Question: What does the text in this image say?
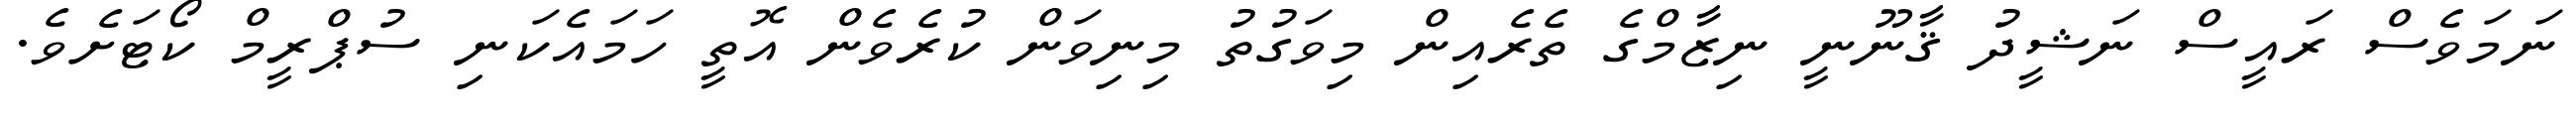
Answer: ނަމަވެސް ރައީސް ނަޝީދު ޤާނޫނީ ނިޒާމްގެ ތެރެއިން މިވަގުތު މިނިވަން ކުރެވެން އޮތީ ހަމައެކަނި ސުޕްރީމް ކޯޓަށެވެ.